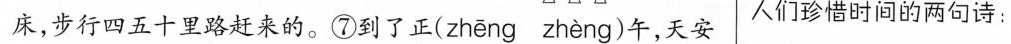
床，步行四五十里路赶来的。⑦到了正( zheng zheng )午，天安人们珍惜时间的两句诗：